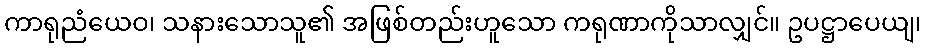
ကာရုညံယေဝ၊ သနားသောသူ၏ အဖြစ်တည်းဟူသော ကရုဏာကိုသာလျှင်။ ဥပဋ္ဌာပေယျ၊